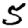
Digit: 5